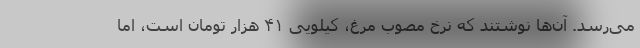
می‌رسد. آن‌ها نوشتند که نرخ مصوب مرغ، کیلویی ۴۱ هزار تومان است، اما